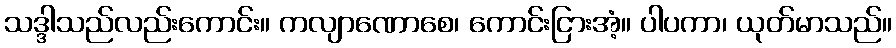
သဒ္ဒါသည်လည်းကောင်း။ ကလျာဏောစေ၊ ကောင်းငြားအံ့။ ပါပကာ၊ ယုတ်မာသည်။